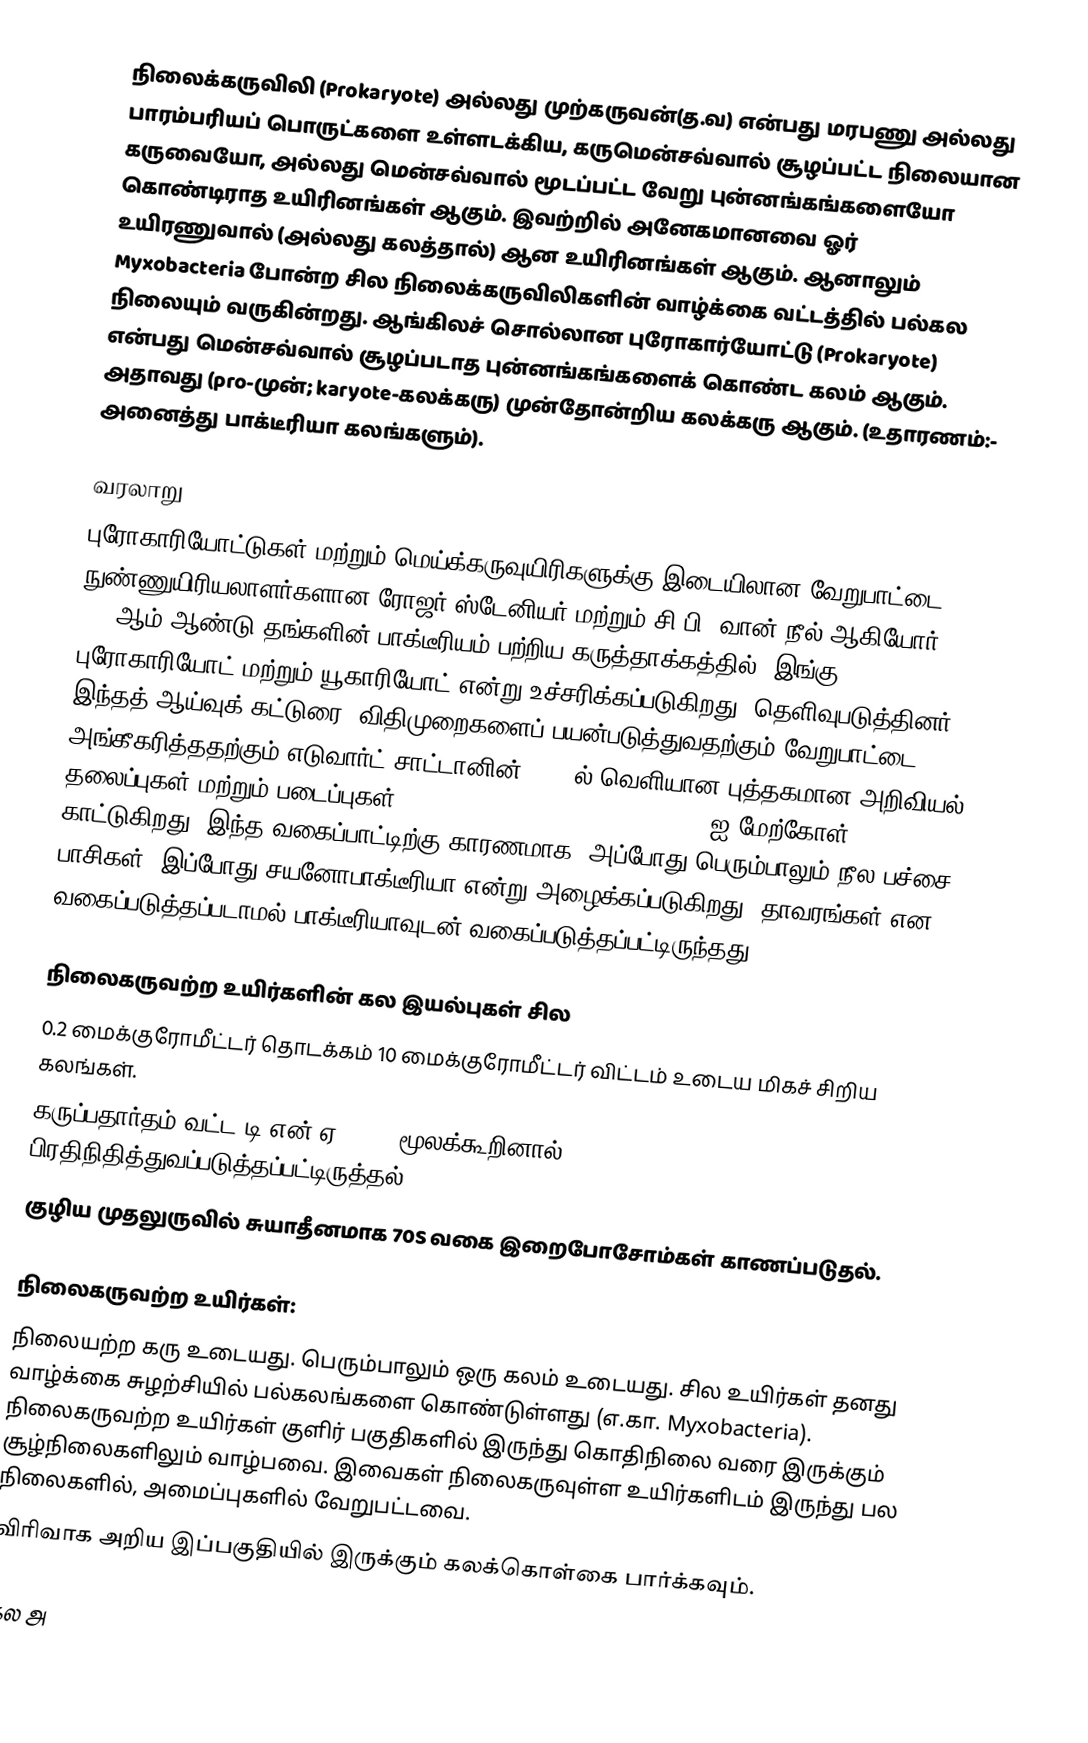
நிலைக்கருவிலி (Prokaryote) அல்லது முற்கருவன்(த.வ) என்பது மரபணு அல்லது பாரம்பரியப் பொருட்களை உள்ளடக்கிய, கருமென்சவ்வால் சூழப்பட்ட நிலையான கருவையோ, அல்லது மென்சவ்வால் மூடப்பட்ட வேறு புன்னங்கங்களையோ கொண்டிராத உயிரினங்கள் ஆகும். இவற்றில் அனேகமானவை ஓர் உயிரணுவால் (அல்லது கலத்தால்) ஆன உயிரினங்கள் ஆகும். ஆனாலும் Myxobacteria போன்ற சில நிலைக்கருவிலிகளின் வாழ்க்கை வட்டத்தில் பல்கல நிலையும் வருகின்றது. ஆங்கிலச் சொல்லான புரோகார்யோட்டு (Prokaryote) என்பது மென்சவ்வால் சூழப்படாத புன்னங்கங்களைக் கொண்ட கலம் ஆகும். அதாவது (pro-முன்; karyote-கலக்கரு) முன்தோன்றிய கலக்கரு ஆகும். (உதாரணம்:- அனைத்து பாக்டீரியா கலங்களும்).

வரலாறு
புரோகாரியோட்டுகள் மற்றும் மெய்க்கருவுயிரிகளுக்கு இடையிலான வேறுபாட்டை நுண்ணுயிரியலாளர்களான ரோஜர் ஸ்டேனியர் மற்றும் சி.பி. வான் நீல் ஆகியோர் 1962ஆம் ஆண்டு தங்களின் பாக்டீரியம் பற்றிய கருத்தாக்கத்தில் (இங்கு புரோகாரியோட் மற்றும் யூகாரியோட் என்று உச்சரிக்கப்படுகிறது) தெளிவுபடுத்தினர். இந்தத் ஆய்வுக் கட்டுரை,  விதிமுறைகளைப் பயன்படுத்துவதற்கும் வேறுபாட்டை அங்கீகரித்ததற்கும் எடுவார்ட் சாட்டானின் 1937-ல் வெளியான புத்தகமான அறிவியல் தலைப்புகள் மற்றும் படைப்புகள் (Titres et Travaux Scientifiques)-ஐ மேற்கோள் காட்டுகிறது. இந்த வகைப்பாட்டிற்கு காரணமாக, அப்போது பெரும்பாலும் நீல-பச்சை பாசிகள் (இப்போது சயனோபாக்டீரியா என்று அழைக்கப்படுகிறது) தாவரங்கள் என வகைப்படுத்தப்படாமல் பாக்டீரியாவுடன் வகைப்படுத்தப்பட்டிருந்தது.

நிலைகருவற்ற உயிர்களின் கல இயல்புகள் சில
 0.2 மைக்குரோமீட்டர் தொடக்கம் 10 மைக்குரோமீட்டர் விட்டம் உடைய மிகச் சிறிய கலங்கள்.
 கருப்பதார்தம் வட்ட டி.என்.ஏ (DNA) மூலக்கூறினால் பிரதிநிதித்துவப்படுத்தப்பட்டிருத்தல்.
 குழிய முதலுருவில் சுயாதீனமாக 70S வகை இறைபோசோம்கள் காணப்படுதல்.

நிலைகருவற்ற உயிர்கள்:
நிலையற்ற கரு உடையது. பெரும்பாலும் ஒரு கலம் உடையது. சில உயிர்கள் தனது வாழ்க்கை சுழற்சியில் பல்கலங்களை கொண்டுள்ளது (எ.கா. Myxobacteria). நிலைகருவற்ற உயிர்கள் குளிர் பகுதிகளில் இருந்து கொதிநிலை வரை இருக்கும் சூழ்நிலைகளிலும் வாழ்பவை. இவைகள் நிலைகருவுள்ள உயிர்களிடம் இருந்து பல நிலைகளில், அமைப்புகளில் வேறுபட்டவை.
விரிவாக அறிய இப்பகுதியில் இருக்கும் கலக்கொள்கை பார்க்கவும்.

கல அ